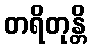
တရိတုန္တိ